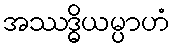
အဿဒ္ဓိယမ္ပာဟံ